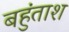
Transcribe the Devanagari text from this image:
बहुंताश